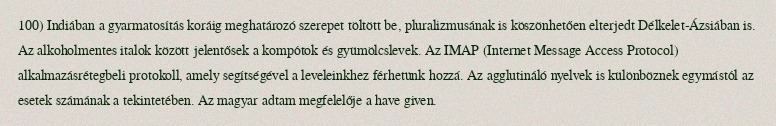
100) Indiában a gyarmatosítás koráig meghatározó szerepet töltött be, pluralizmusának is köszönhetően elterjedt Délkelet-Ázsiában is. Az alkoholmentes italok között jelentősek a kompótok és gyümölcslevek. Az IMAP (Internet Message Access Protocol) alkalmazásrétegbeli protokoll, amely segítségével a leveleinkhez férhetünk hozzá. Az agglutináló nyelvek is különböznek egymástól az esetek számának a tekintetében. Az magyar adtam megfelelője a have given.